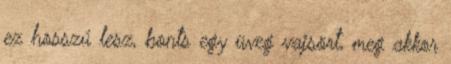
ez hosszú lesz, bonts egy üveg vajsört, meg akkor